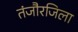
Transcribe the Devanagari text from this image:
तंजौरजिला